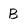
Character: B